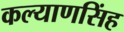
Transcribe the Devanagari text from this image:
कल्‍याणसिंह